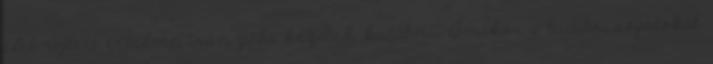
élet rejtett értelme irányába kezdtek kutatni. Amikor a tudatosságotokat